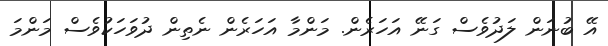
އޭ ބުނަން ލަދުވެސް ގަނޭ އަހަރެން. މަންމާ އަހަރެން ނެތިން ދުވަހަކުވެސް މަންމަ